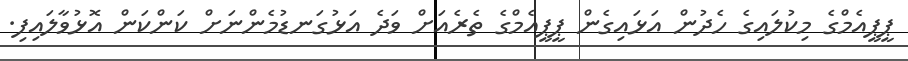
ޕީޕީއެމްގެ މިކުލައިގެ ހެދުން އަޅައިގެން ޕީޕީއެމްގެ ތެރެއަށް ވަދެ އަޅުގަނޑުމެންނަށް ކަންކަން އޮޅުވާލައިފި.